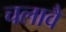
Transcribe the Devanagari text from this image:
चलावै